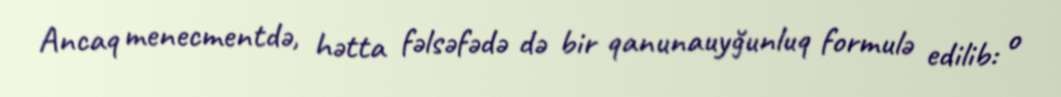
Ancaq menecmentdə, hətta fəlsəfədə də bir qanunauyğunluq formulə edilib: o